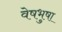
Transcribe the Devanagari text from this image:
वेषभुषा